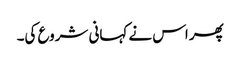
پھر اس نے کہانی شروع کی۔